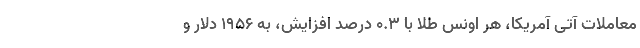
معاملات آتی آمریکا، هر اونس طلا با ۰.۳ درصد افزایش، به ۱۹۵۶ دلار و